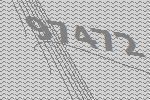
97472